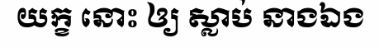
យក្ខ នោះ ឲ្យ ស្លាប់ នាងឯង